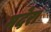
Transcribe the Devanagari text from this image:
मदेरां